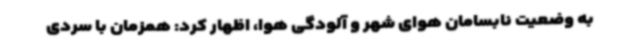
به وضعیت نابسامان هوای شهر و آلودگی هوا، اظهار کرد: همزمان با سردی